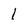
Character: l